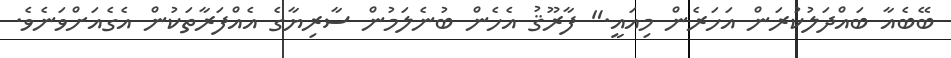
ބޭބެއާ ބައްދަލުކުރަން އަހަރެން މިއައީ." ފާރޫޤު އެހެން ބުނެލަމުން ސާރިޔާގެ އެއްފަރާތަކުން އެގެއަށްވަނެވެ.